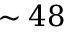
\sim 4 8